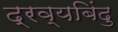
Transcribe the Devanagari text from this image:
द्रव्यबिंदु